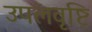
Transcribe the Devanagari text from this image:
उपलवृष्टि